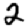
Digit: 2